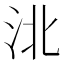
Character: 𰛗